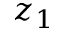
z _ { 1 }